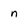
Character: n